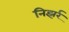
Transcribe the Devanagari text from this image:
निझर्र